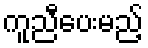
ကူညီပေးမည့်